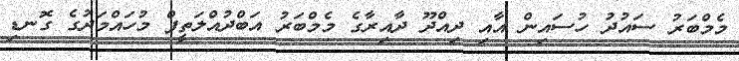
މެމްބަރު ސައުދު ހުސައިން އާއި ދިއްދޫ ދާއިރާގެ މެމްބަރު އަބްދުއްލަތީފް މުހައްމަދުގެ ގޮނޑި